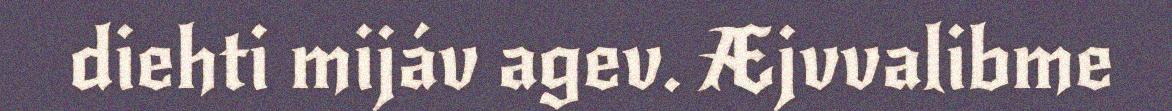
diehti mijáv agev. Æjvvalibme